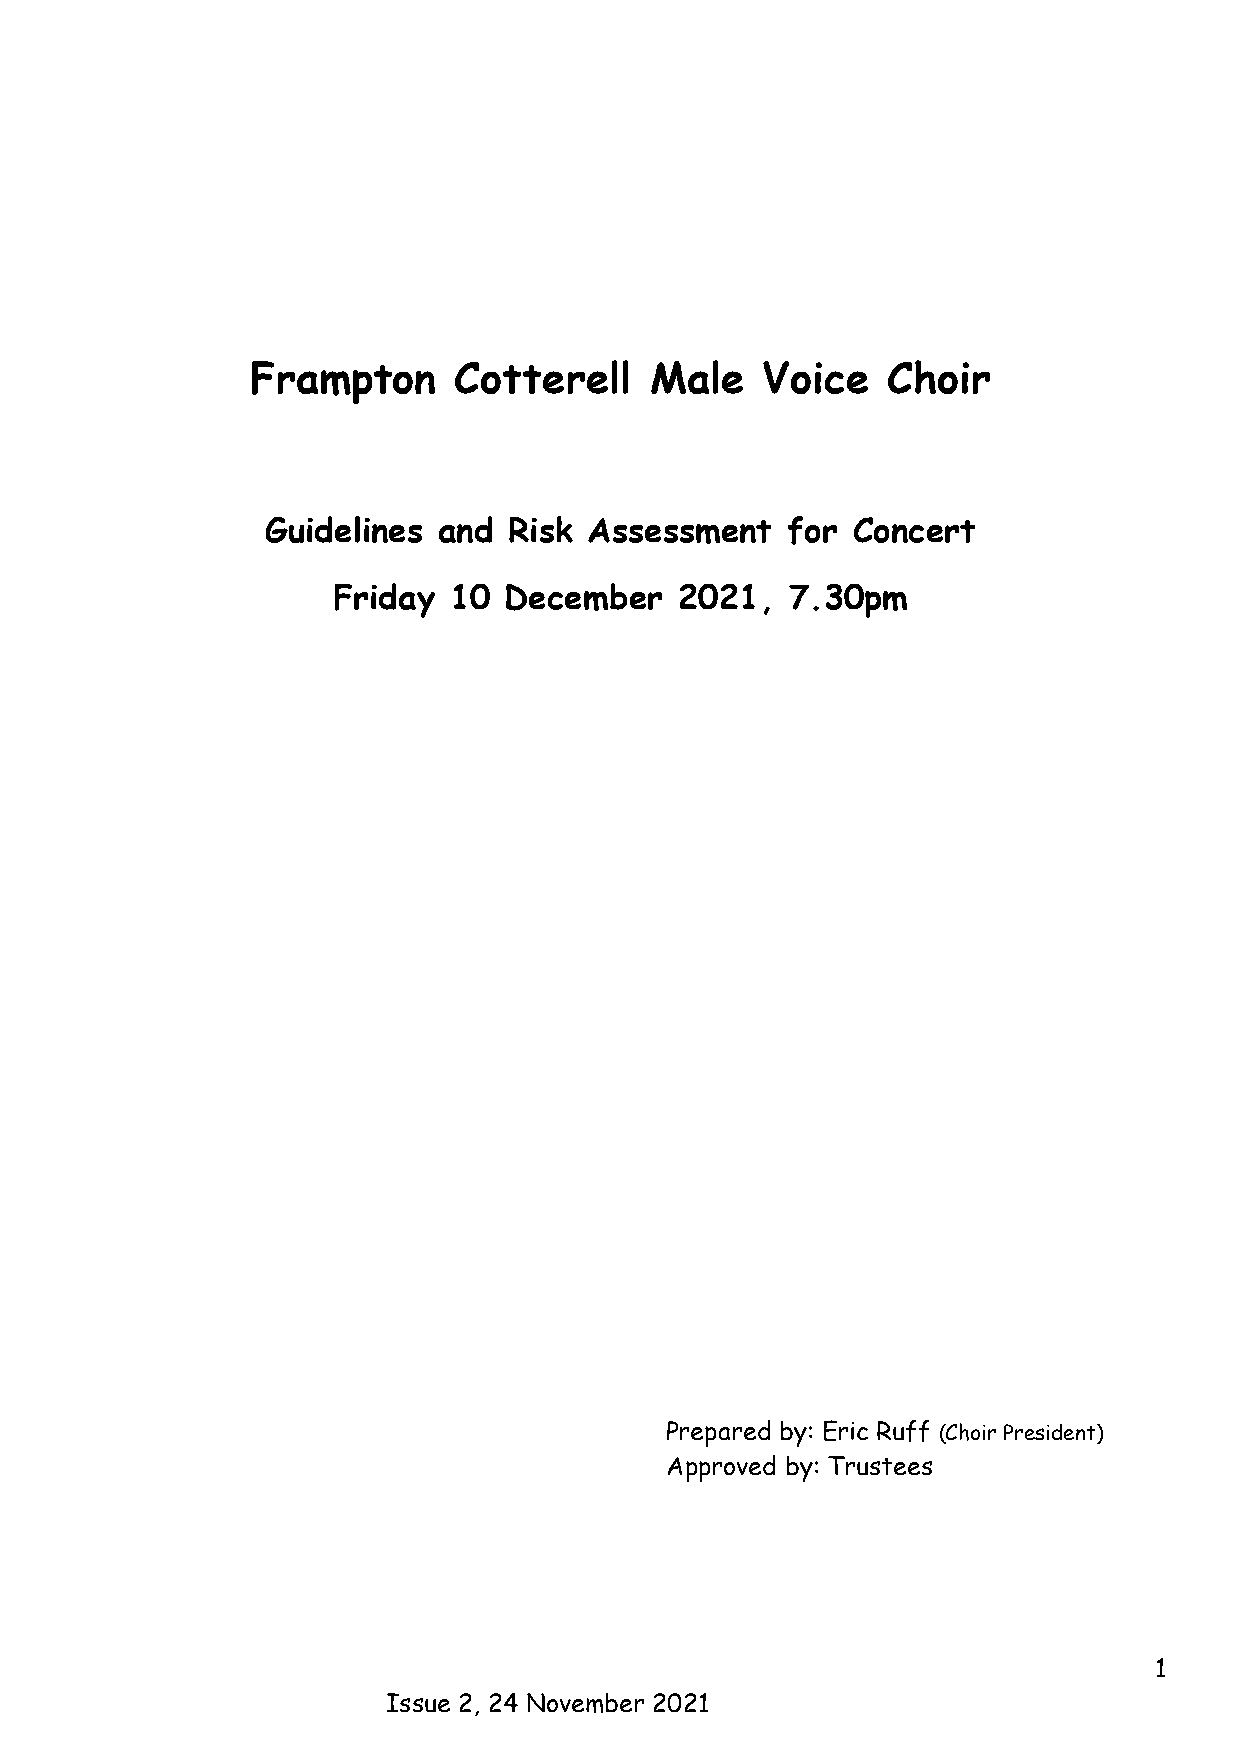
Frampton     Cotterell    Male   Voice    Choir
 Guidelines and  Risk Assessment   for Concert
 Friday  10 December    2021,  7.30pm
 Prepared by: Eric Ruff (Choir President)
 Approved by: Trustees
 1
 Issue 2, 24 November 2021